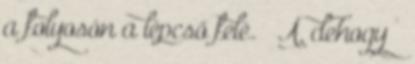
a folyosón a lépcső felé. – Á, dehogy –